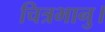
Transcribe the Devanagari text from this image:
चित्रभानु।